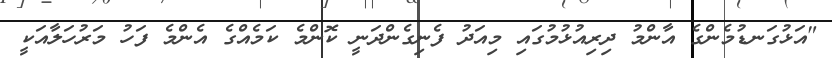
"އަޅުގަނޑުމެންގެ އާންމު ދިރިއުޅުމުގައި މިއަދު ފެނިގެންދަނީ ކޮންމެ ކަމެއްގެ އެންމެ ފަހު މަރުހަލާއަކީ